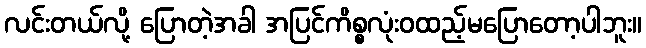
လင်းတယ်လို့ ပြောတဲ့အခါ အပြင်ကိစ္စလုံးဝထည့်မပြောတော့ပါဘူး။